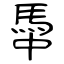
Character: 馽